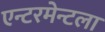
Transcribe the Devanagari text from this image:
एन्टरमेन्टला